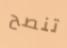
تنصح